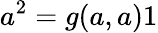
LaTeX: a^{2}=g(a,a)1